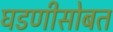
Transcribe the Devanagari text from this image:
घडणीसोबत